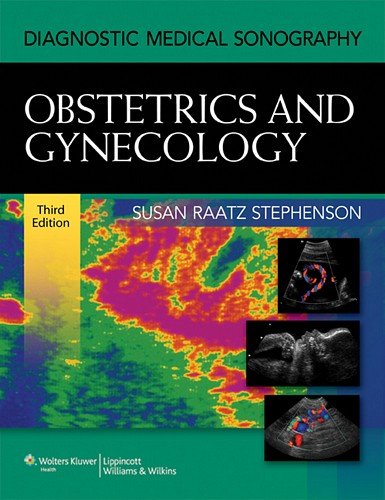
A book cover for Diagnostic Medical Sonography: Obstetrics & Gynecology (Diagnostic Medical Sonography Series); Susan Raatz Stephenson MA.Ed.  BSRT-U  RDMS  RVT; Medical Books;